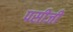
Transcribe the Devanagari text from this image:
पसीजी